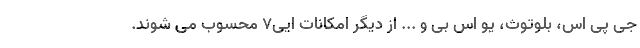
جی پی اس، بلوتوث، یو اس بی و ... از دیگر امکانات ایی7 محسوب می شوند.